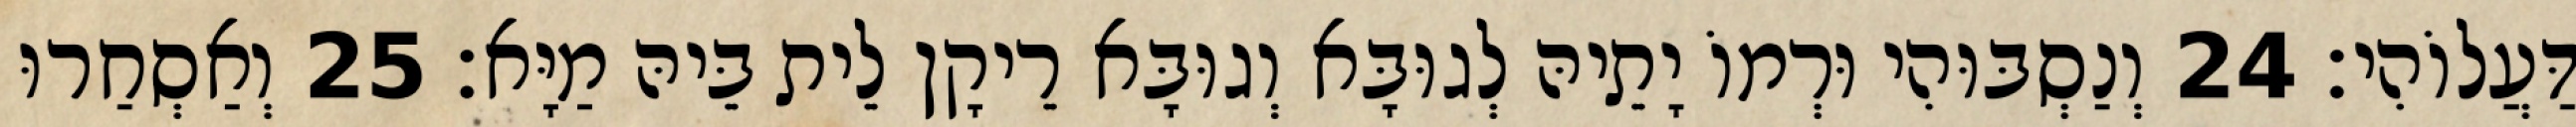
דַּעֲלוֹהִי׃ 24 וְנַסְבּוּהִי וּרְמוֹ יָתֵיהּ לְגוּבָּא וְגוּבָּא רֵיקָן לֵית בֵּיהּ מַיָּא׃ 25 וְאַסְחַרוּ